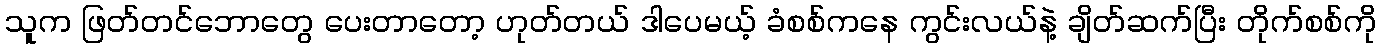
သူက ဖြတ်တင်ဘောတွေ ပေးတာတော့ ဟုတ်တယ် ဒါပေမယ့် ခံစစ်ကနေ ကွင်းလယ်နဲ့ ချိတ်ဆက်ပြီး တိုက်စစ်ကို